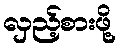
လှည့်စားဖို့